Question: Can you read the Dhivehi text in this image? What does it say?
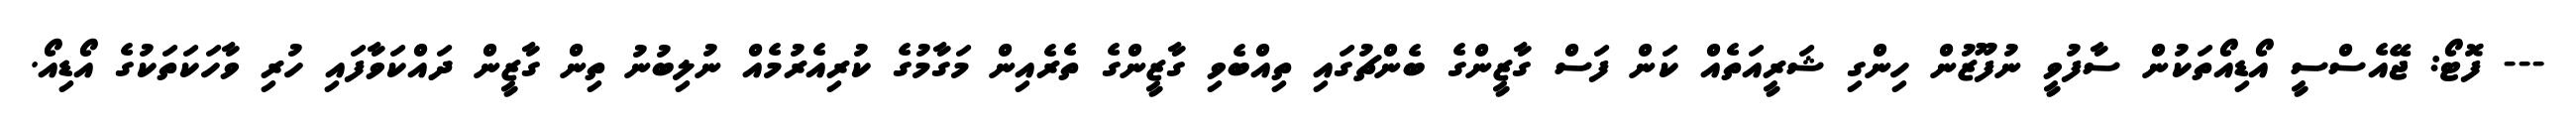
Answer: --- ފޮޓޯ: ޖޭއެސްސީ އޯޑިއޯތަކުން ސާފުވީ ނުފޫޒުން ހިންގި ޝަރީއަތެއް ކަން ފަސް ގާޒީންގެ ބެންޗުގައި ތިއްބެވި ގާޒީންގެ ތެރެއިން މަގާމުގެ ކުރިއެރުމެއް ނުލިބުނު ތިން ގާޒީން ދައްކަވާފައި ހުރި ވާހަކަތަކުގެ އޯޑިއޯ.